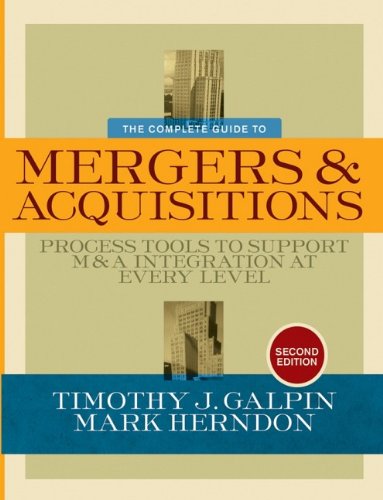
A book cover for The Complete Guide to Mergers and Acquisitions: Process Tools to Support M&A Integration at Every Level; Timothy J. Galpin; Business & Money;